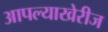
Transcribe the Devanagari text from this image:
आपल्याखेरीज